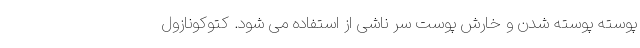
پوسته پوسته شدن و خارش پوست سر ناشی از استفاده می شود. کتوکونازول